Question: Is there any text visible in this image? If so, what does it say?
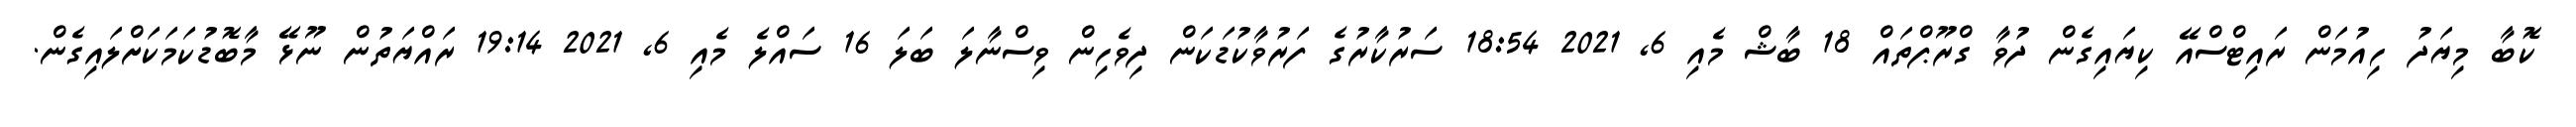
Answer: ކޮބާ މިޔަދު ހިއުމަން ރައިޓްސްއޭ ކިޔައިގެން ދުވާ ގްރޫޕްތައް 18 ބާޝް މެއި 6, 2021 18:54 ސަރުކާރުގެ ފަރުވާކުޑަކަން ދިވެހިން ވިސްނާލަ ބަލަ 16 ސައްލެ މެއި 6, 2021 19:14 ރައްޔަތުން ނޫޅޭ މާބޮޑުކަމަކަށްލައިގެން.